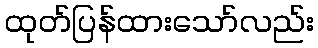
ထုတ်ပြန်ထားသော်လည်း